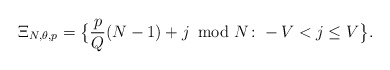
\begin{align*} \Xi_{N,\theta,p}=\big\{\frac{p}{Q}(N-1)+j \! \! \! \mod{N}\colon -V<j\leq V\big\}.\end{align*}